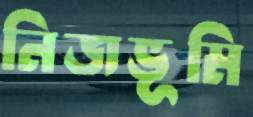
নিজভূমি